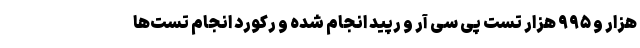
هزار و ۹۹۵ هزار تست پی سی آر و رپید انجام شده و رکورد انجام تست‌ها